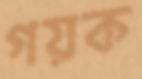
গয়ক